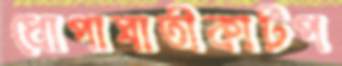
ধোপাঘাতীকাটপ